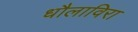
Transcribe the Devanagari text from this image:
धौलाविरा